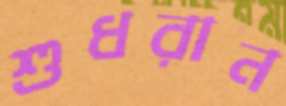
শুধরান